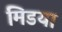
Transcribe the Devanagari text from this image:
मिडया